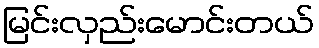
မြင်းလှည်းမောင်းတယ်